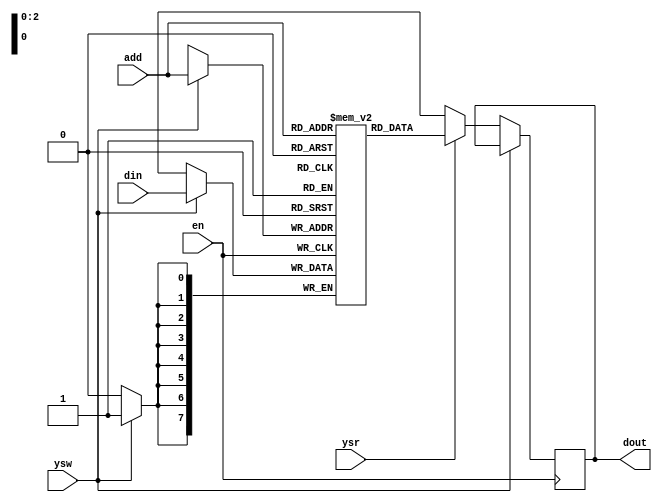
module sram(
    input en,
    input ysw,ysr,
    input [2:0] add,
    input [7:0] din,
    output reg [7:0] dout
);

    reg [7:0] ram [7:0];

    always @(posedge en) begin
      if(ysw)
        ram[add] <= din;
      else if(ysr)
        dout <= ram[add];
      else
        dout <= 8'bxxxxxxxx;
    end

endmodule